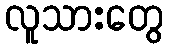
လူသားတွေ